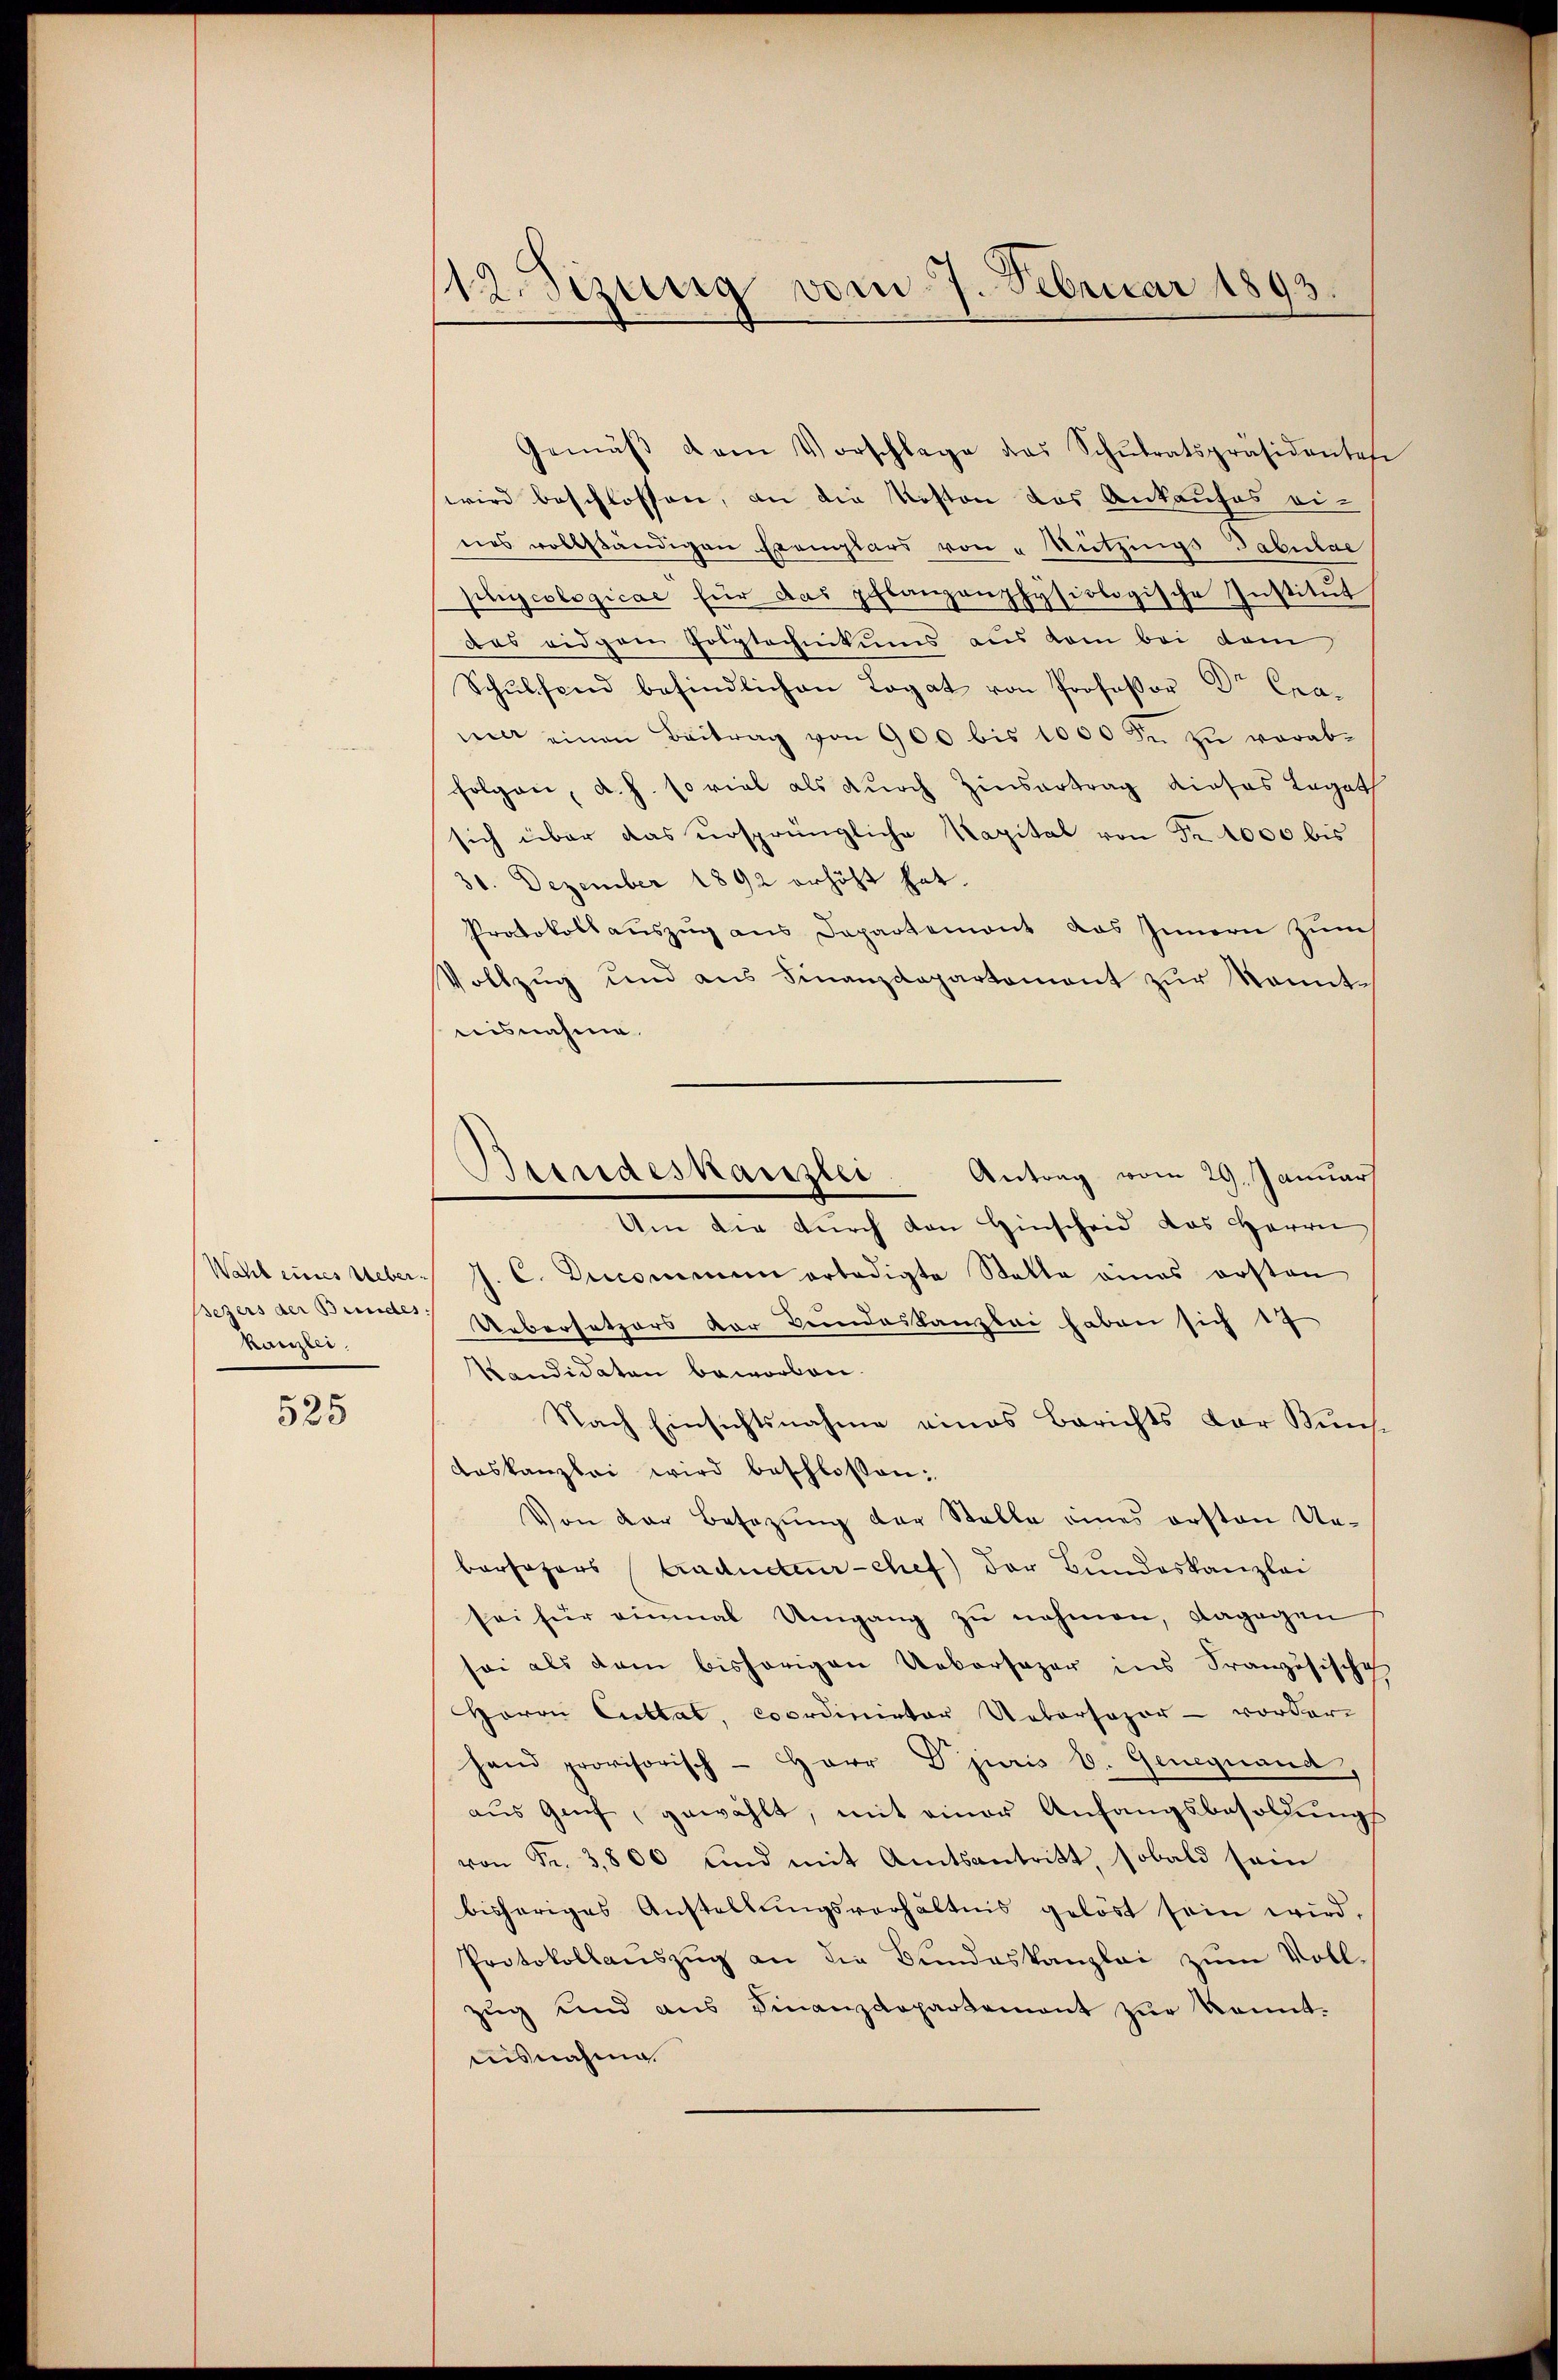
Kaiser.

525

112. Sizinig vom 7. Februar 1893.

Gemäβ dem Vorschlage das Schŭlratspräsidentes
wird beschlossen, an die Kosten das Ankaufes eines vollständigen Exemplars von Nutzungs-Tabular
pnjcologicae für das pflanzanphysiologische Institŭt
das eidgem Polytechnikums aus kam bei dem
Schŭlsend befindlichen Legat von Professor Dr. Cra-
nia einen Beitrag von 900 bis 1000 Fr. zŭ verab-
folgen, d. h. so viel als durch Zinsertrag dieses Legat
sich über das ursprüngliche Kapital von Fr. 4000 bis
31. Dezember 1892 erhöht hat.
Protokollauszug aus Departemont das Innern zum
Vollzŭg und aŭs Finanzdepartement zŭr Kenntnisnahme.
Antrag vom 29. Januar
Wahl eines Ueber. J. C. Decommen erledigte Statte eines ersten
sezers der Beende Uebersetzers vor Bundeskanzlei haben sich 17
Kandidaten beworben.
Nach Einsichtsnahme eines Berichts der Kunsdaskanzlei wird beschlossen:
Von der Besetzŭng der Stelle eines ersten Un-
borsozers Caducteur chef der Bundeskanzlei
sei für einmal Umgang zŭ nehmen, dagegen
sei als dem bisherigen Uebersazer ins Französischech
Herrn Cultat, coordinirter Uebersozor - vordere
Hand provisorisch - Herr Dr juris b. Genegnand,
aus Genf, gewählt, mit einer Anfangsbesoldungs
von Fr. 3800 und mit Amtsantritt, sobald sein
bisheriges Anstellungsverhältnis gelöst sein wird,
Protokollauszug an die Bundeskanzlei zum Vollzŭg und ans Finanzdepartement zŭr Kennt-
aisnahme.

Bundeskanzlei
Um die durch von Hinscheid das Herrn